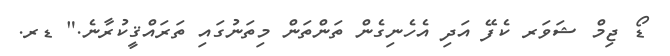
ޑޯ ޖިމް ޝަވަރ ކެފޭ އަދި އެހެނިގެން ތަންތަން މިތަނުގައި ތަރައްޤީކުރާނެ." ޑރ.